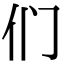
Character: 们